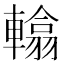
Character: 𨎰